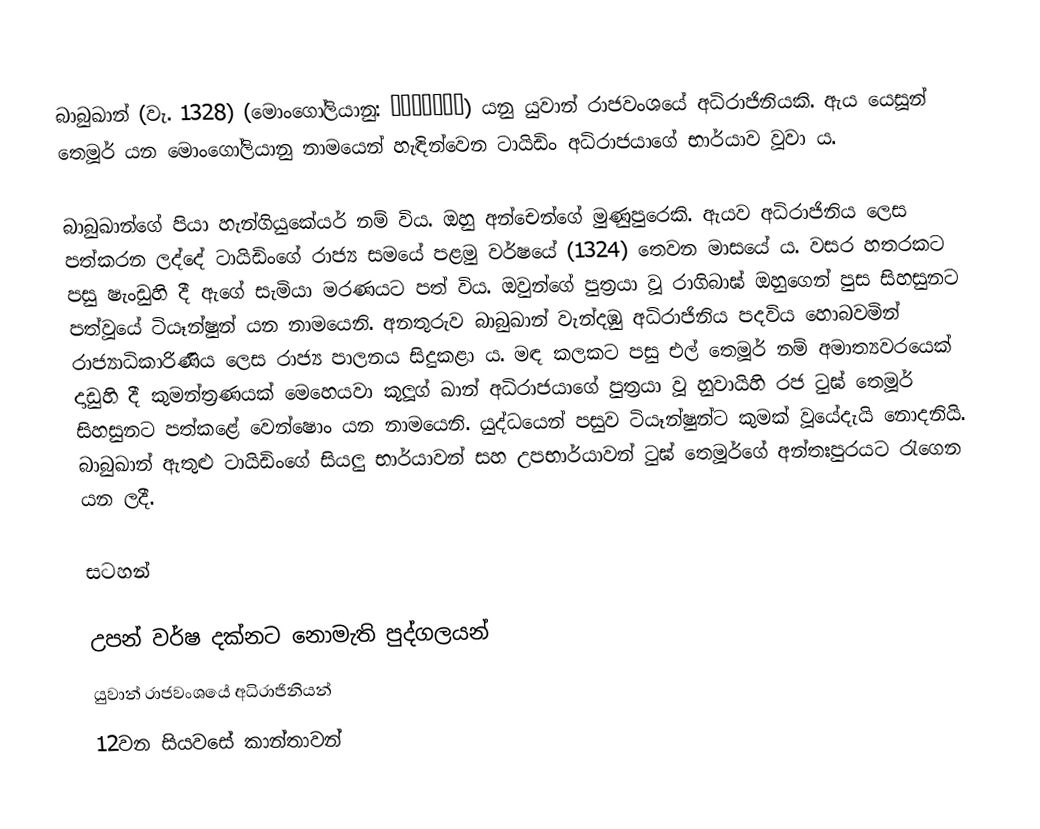
බාබුඛාන් (වැ. 1328) (මොංගෝලියානු: Бабухан) යනු යුවාන් රාජවංශයේ අධිරාජිනියකි. ඇය යෙසූන් තෙමූර් යන මොංගෝලියානු නාමයෙන් හැඳින්වෙන ටායිඩිං අධිරාජයාගේ භාර්යාව වූවා ය.

බාබුඛාන්ගේ පියා හැන්ගියුකේයර් නම් විය. ඔහු අන්චෙන්ගේ මුණුපුරෙකි. ඇයව අධිරාජිනිය ලෙස පත්කරන ලද්දේ ටායිඩිංගේ රාජ්‍ය සමයේ පළමු වර්ෂයේ (1324) තෙවන මාසයේ ය. වසර හතරකට පසු ෂැංඩුහි දී ඇගේ සැමියා මරණයට පත් විය. ඔවුන්ගේ පුත්‍රයා වූ රාගිබාඝ් ඔහුගෙන් පුස සිහසුනට පත්වූයේ ටියෑන්ෂුන් යන නාමයෙනි. අනතුරුව බාබුඛාන් වැන්දඹු අධිරාජිනිය පදවිය හොබවමින් රාජ්‍යාධිකාරිණිය ලෙස රාජ්‍ය පාලනය සිදුකළා ය. මඳ කලකට පසු ‍එල් තෙමූර් නම් අමාත්‍යවරයෙක් දාඩුහි දී කුමන්ත්‍රණයක් මෙහෙයවා කූලූග් ඛාන් අධිරාජයාගේ පුත්‍රයා වූ හුවායිහි රජ ටුඝ් තෙමූර් සිහසුනට පත්කළේ වෙන්ෂොං යන නාමයෙනි. යුද්ධයෙන් පසුව ටියෑන්ෂුන්ට කුමක් වූයේදැයි නොදනියි. බාබුඛාන් ඇතුළු ටායිඩිංගේ සියලු භාර්යාවන් සහ උපභාර්යාවන් ටුඝ් තෙමූර්ගේ අන්තඃපුරයට රැගෙන යන ලදී.

සටහන්

උපන් වර්ෂ දක්නට නොමැති පුද්ගලයන්
යුවාන් රාජවංශයේ අධිරාජිනියන්
12වන සියවසේ කාන්තාවන්